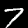
Label: 7